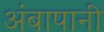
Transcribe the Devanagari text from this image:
अंबापानी